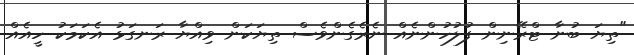
"ތިޔަ ބުނާ ޓްރޭނިން ފުލުހުންނެއް ނެރެގެންވެސް ތިޔަކަން ވިއްޔާ ރަނގަޅު އެކަމަކު ހީއެއް